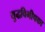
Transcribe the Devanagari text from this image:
युद्धविभीषका